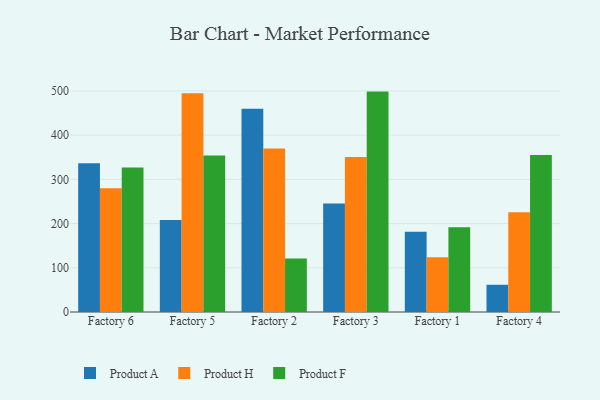
{"axis": {"x": "Factory", "y": "Demand Index"}, "legend": ["Product A", "Product F", "Product H"], "data": [{"x": "Factory 6", "y": 336.5, "type": "Product A"}, {"x": "Factory 6", "y": 279.8, "type": "Product H"}, {"x": "Factory 6", "y": 326.8, "type": "Product F"}, {"x": "Factory 5", "y": 208.4, "type": "Product A"}, {"x": "Factory 5", "y": 495.1, "type": "Product H"}, {"x": "Factory 5", "y": 354.1, "type": "Product F"}, {"x": "Factory 2", "y": 459.9, "type": "Product A"}, {"x": "Factory 2", "y": 369.9, "type": "Product H"}, {"x": "Factory 2", "y": 121.2, "type": "Product F"}, {"x": "Factory 3", "y": 245.6, "type": "Product A"}, {"x": "Factory 3", "y": 350.4, "type": "Product H"}, {"x": "Factory 3", "y": 498.6, "type": "Product F"}, {"x": "Factory 1", "y": 181.3, "type": "Product A"}, {"x": "Factory 1", "y": 123.6, "type": "Product H"}, {"x": "Factory 1", "y": 191.7, "type": "Product F"}, {"x": "Factory 4", "y": 61.6, "type": "Product A"}, {"x": "Factory 4", "y": 225.9, "type": "Product H"}, {"x": "Factory 4", "y": 355.0, "type": "Product F"}]}